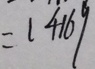
= 1 4 1 6 9